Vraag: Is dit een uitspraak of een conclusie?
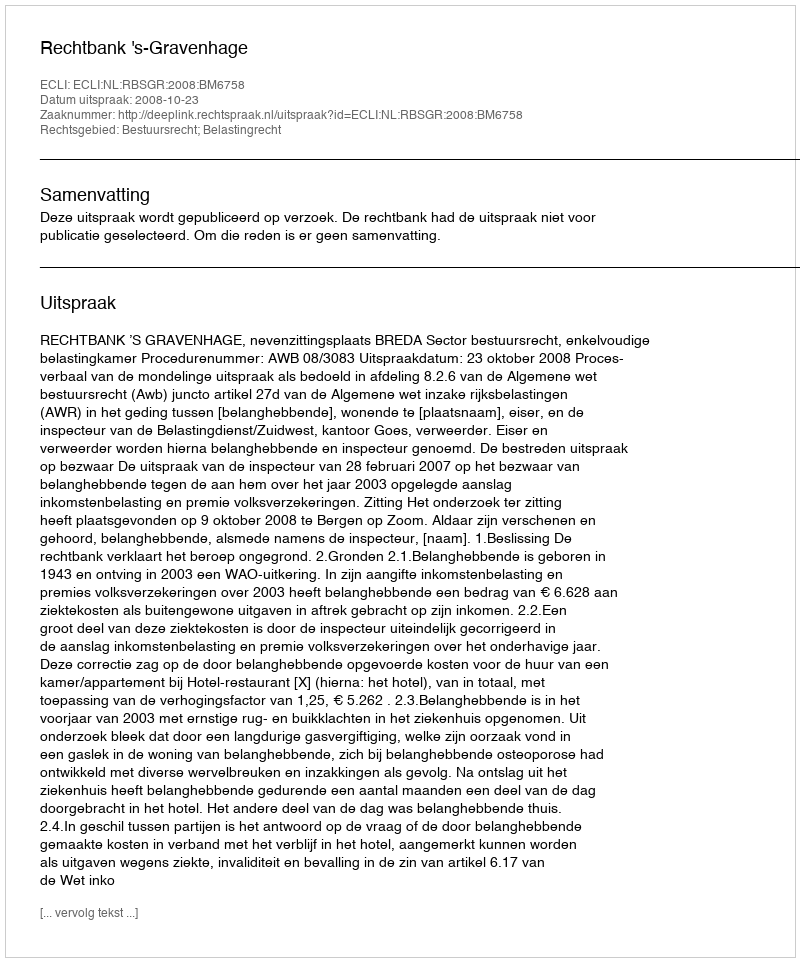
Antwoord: Uitspraak